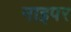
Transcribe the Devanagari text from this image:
नाइपर